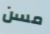
مسن